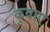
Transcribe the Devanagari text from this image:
कुवाए